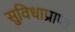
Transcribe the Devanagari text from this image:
सुविधाप्राप्त